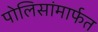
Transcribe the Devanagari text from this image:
पोलिसांमार्फत